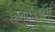
ઇબાદતના